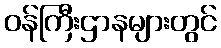
ဝန်ကြီးဌာနများတွင်